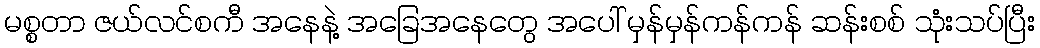
မစ္စတာ ဇယ်လင်စကီ အနေနဲ့ အခြေအနေတွေ အပေါ် မှန်မှန်ကန်ကန် ဆန်းစစ် သုံးသပ်ပြီး